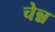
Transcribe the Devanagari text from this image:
चेन्न